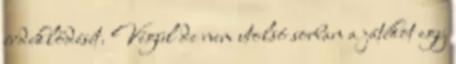
érdeklődését. Végül de nem utolsó sorban a játékot egy